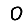
Digit: 0